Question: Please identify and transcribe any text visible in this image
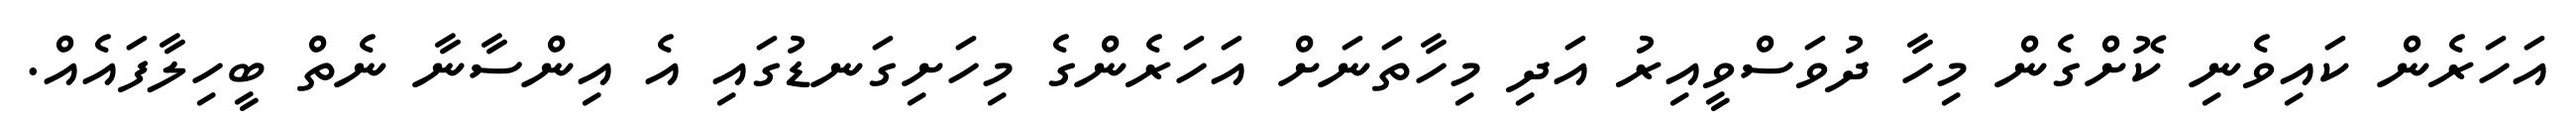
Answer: އަހަރެން ކައިވެނި ކޮށްގެން މިހާ ދުވަސްވީއިރު އަދި މިހާތަނަށް އަހަރެންގެ މިހަށިގަނޑުގައި އެ އިންސާނާ ނެތް ބީހިލާފައެއް.